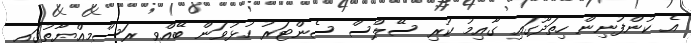
އެ ކުންފުނިން ހިތަދޫގައި ގާއިމު ކުރި ސޭލްސް ސެންޓަރު ހުޅުވަން ބޭއްވި ރަސްމިއްޔާތުގައި